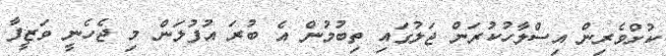
ކުށްވެރިން އިސްލާހުކުރަން ޖަލުގައި ތިބުމުން އެ ބުރަ އުފުލަން މި ޖެހެނީ ވަޒީފާ